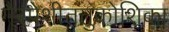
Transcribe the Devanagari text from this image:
गैरपेशीतंतुकोशिका